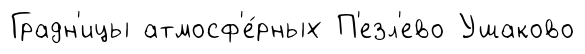
Градн'ицы атмосф'е́рных П'езл'ево Ушаково